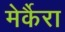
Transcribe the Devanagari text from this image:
मेर्कैरा